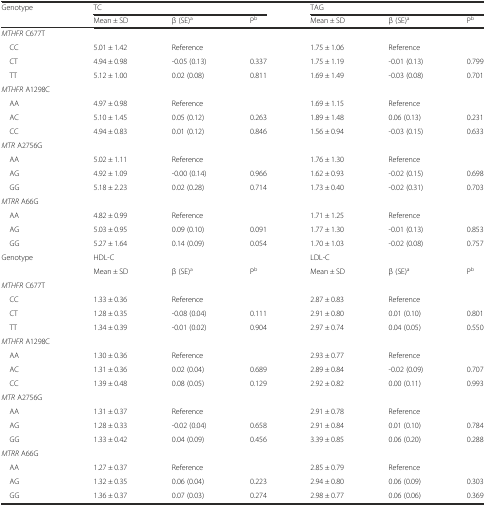
<table><thead><tr><td rowspan="2"><b>Genotype</b></td><td colspan="3"><b>TC</b></td><td colspan="3"><b>TAG</b></td></tr><tr><td><b>Mean ± SD</b></td><td><b>β (SE)<sup>a</sup></b></td><td><b>P<sup>b</sup></b></td><td><b>Mean ± SD</b></td><td><b>β (SE)<sup>a</sup></b></td><td><b>P<sup>b</sup></b></td></tr></thead><tbody><tr><td><i>MTHFR</i> C677T</td><td></td><td></td><td></td><td></td><td></td><td></td></tr><tr><td> CC</td><td>5.01 ± 1.42</td><td>Reference</td><td></td><td>1.75 ± 1.06</td><td>Reference</td><td></td></tr><tr><td> CT</td><td>4.94 ± 0.98</td><td>-0.05 (0.13)</td><td>0.337</td><td>1.75 ± 1.19</td><td>-0.01 (0.13)</td><td>0.799</td></tr><tr><td> TT</td><td>5.12 ± 1.00</td><td>0.02 (0.08)</td><td>0.811</td><td>1.69 ± 1.49</td><td>-0.03 (0.08)</td><td>0.701</td></tr><tr><td><i>MTHFR</i> A1298C</td><td></td><td></td><td></td><td></td><td></td><td></td></tr><tr><td> AA</td><td>4.97 ± 0.98</td><td>Reference</td><td></td><td>1.69 ± 1.15</td><td>Reference</td><td></td></tr><tr><td> AC</td><td>5.10 ± 1.45</td><td>0.05 (0.12)</td><td>0.263</td><td>1.89 ± 1.48</td><td>0.06 (0.13)</td><td>0.231</td></tr><tr><td> CC</td><td>4.94 ± 0.83</td><td>0.01 (0.12)</td><td>0.846</td><td>1.56 ± 0.94</td><td>-0.03 (0.15)</td><td>0.633</td></tr><tr><td><i>MTR</i> A2756G</td><td></td><td></td><td></td><td></td><td></td><td></td></tr><tr><td> AA</td><td>5.02 ± 1.11</td><td>Reference</td><td></td><td>1.76 ± 1.30</td><td>Reference</td><td></td></tr><tr><td> AG</td><td>4.92 ± 1.09</td><td>-0.00 (0.14)</td><td>0.966</td><td>1.62 ± 0.93</td><td>-0.02 (0.15)</td><td>0.698</td></tr><tr><td> GG</td><td>5.18 ± 2.23</td><td>0.02 (0.28)</td><td>0.714</td><td>1.73 ± 0.40</td><td>-0.02 (0.31)</td><td>0.703</td></tr><tr><td><i>MTRR</i> A66G</td><td></td><td></td><td></td><td></td><td></td><td></td></tr><tr><td> AA</td><td>4.82 ± 0.99</td><td>Reference</td><td></td><td>1.71 ± 1.25</td><td>Reference</td><td></td></tr><tr><td> AG</td><td>5.03 ± 0.95</td><td>0.09 (0.10)</td><td>0.091</td><td>1.77 ± 1.30</td><td>-0.01 (0.13)</td><td>0.853</td></tr><tr><td> GG</td><td>5.27 ± 1.64</td><td>0.14 (0.09)</td><td>0.054</td><td>1.70 ± 1.03</td><td>-0.02 (0.08)</td><td>0.757</td></tr><tr><td rowspan="2">Genotype</td><td colspan="3">HDL-C</td><td colspan="3">LDL-C</td></tr><tr><td>Mean ± SD</td><td>β (SE)<sup>a</sup></td><td>P<sup>b</sup></td><td>Mean ± SD</td><td>β (SE)<sup>a</sup></td><td>P<sup>b</sup></td></tr><tr><td><i>MTHFR</i> C677T</td><td></td><td></td><td></td><td></td><td></td><td></td></tr><tr><td> CC</td><td>1.33 ± 0.36</td><td>Reference</td><td></td><td>2.87 ± 0.83</td><td>Reference</td><td></td></tr><tr><td> CT</td><td>1.28 ± 0.35</td><td>-0.08 (0.04)</td><td>0.111</td><td>2.91 ± 0.80</td><td>0.01 (0.10)</td><td>0.801</td></tr><tr><td> TT</td><td>1.34 ± 0.39</td><td>-0.01 (0.02)</td><td>0.904</td><td>2.97 ± 0.74</td><td>0.04 (0.05)</td><td>0.550</td></tr><tr><td><i>MTHFR</i> A1298C</td><td></td><td></td><td></td><td></td><td></td><td></td></tr><tr><td> AA</td><td>1.30 ± 0.36</td><td>Reference</td><td></td><td>2.93 ± 0.77</td><td>Reference</td><td></td></tr><tr><td> AC</td><td>1.31 ± 0.36</td><td>0.02 (0.04)</td><td>0.689</td><td>2.89 ± 0.84</td><td>-0.02 (0.09)</td><td>0.707</td></tr><tr><td> CC</td><td>1.39 ± 0.48</td><td>0.08 (0.05)</td><td>0.129</td><td>2.92 ± 0.82</td><td>0.00 (0.11)</td><td>0.993</td></tr><tr><td><i>MTR</i> A2756G</td><td></td><td></td><td></td><td></td><td></td><td></td></tr><tr><td> AA</td><td>1.31 ± 0.37</td><td>Reference</td><td></td><td>2.91 ± 0.78</td><td>Reference</td><td></td></tr><tr><td> AG</td><td>1.28 ± 0.33</td><td>-0.02 (0.04)</td><td>0.658</td><td>2.91 ± 0.84</td><td>0.01 (0.10)</td><td>0.784</td></tr><tr><td> GG</td><td>1.33 ± 0.42</td><td>0.04 (0.09)</td><td>0.456</td><td>3.39 ± 0.85</td><td>0.06 (0.20)</td><td>0.288</td></tr><tr><td><i>MTRR</i> A66G</td><td></td><td></td><td></td><td></td><td></td><td></td></tr><tr><td> AA</td><td>1.27 ± 0.37</td><td>Reference</td><td></td><td>2.85 ± 0.79</td><td>Reference</td><td></td></tr><tr><td> AG</td><td>1.32 ± 0.35</td><td>0.06 (0.04)</td><td>0.223</td><td>2.94 ± 0.80</td><td>0.06 (0.09)</td><td>0.303</td></tr><tr><td> GG</td><td>1.36 ± 0.37</td><td>0.07 (0.03)</td><td>0.274</td><td>2.98 ± 0.77</td><td>0.06 (0.06)</td><td>0.369</td></tr></tbody></table>